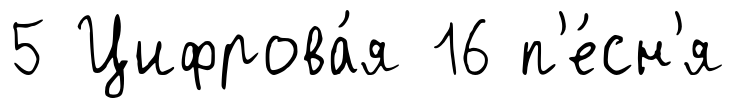
5 Цифрова́я 16 п'е́сн'я